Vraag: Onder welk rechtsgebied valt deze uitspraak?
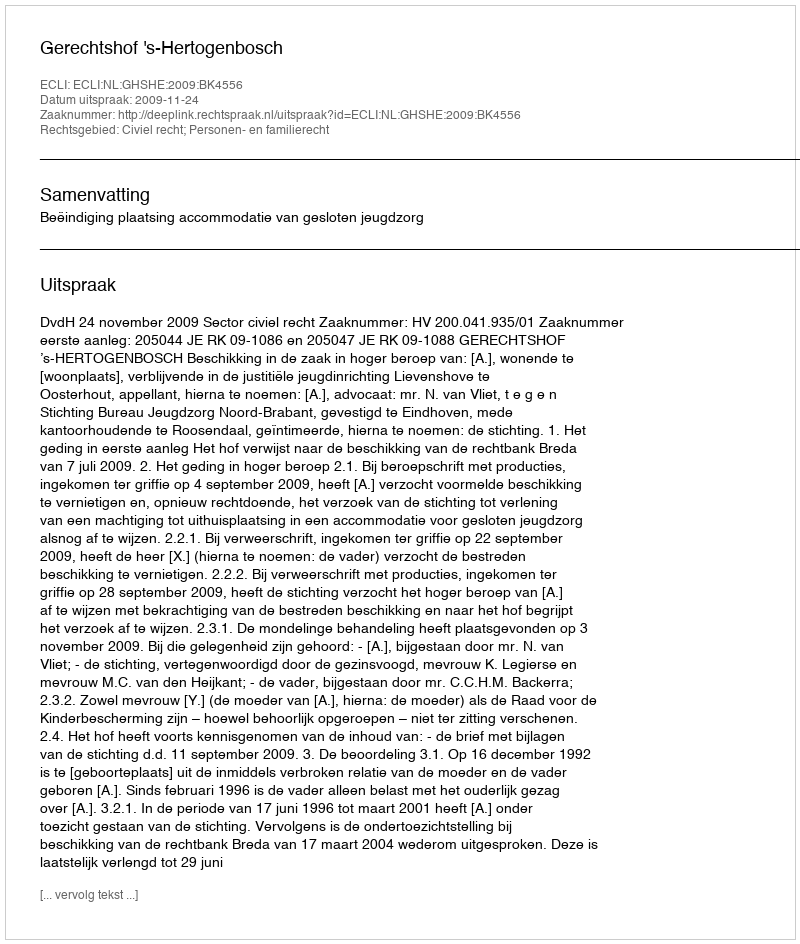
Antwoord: Civiel recht; Personen- en familierecht